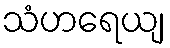
သံဟရေယျ